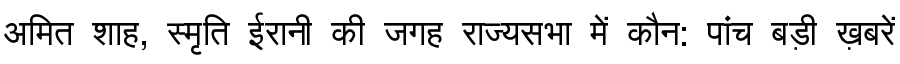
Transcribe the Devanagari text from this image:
अमित शाह, स्मृति ईरानी की जगह राज्यसभा में कौन: पांच बड़ी ख़बरें